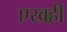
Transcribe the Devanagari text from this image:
एखही